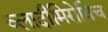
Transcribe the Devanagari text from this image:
व्लादीमिरोविच